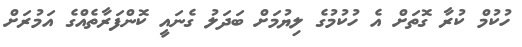
ހުކުމް ކުރާ ގޮތަށް އެ ހުކުމުގެ ލިޔުމަށް ބަދަލު ގެނައީ ކޮންފަރާތެއްގެ އަމުރަށް